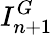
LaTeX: I_{n+1}^{G}